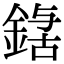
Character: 𮢃